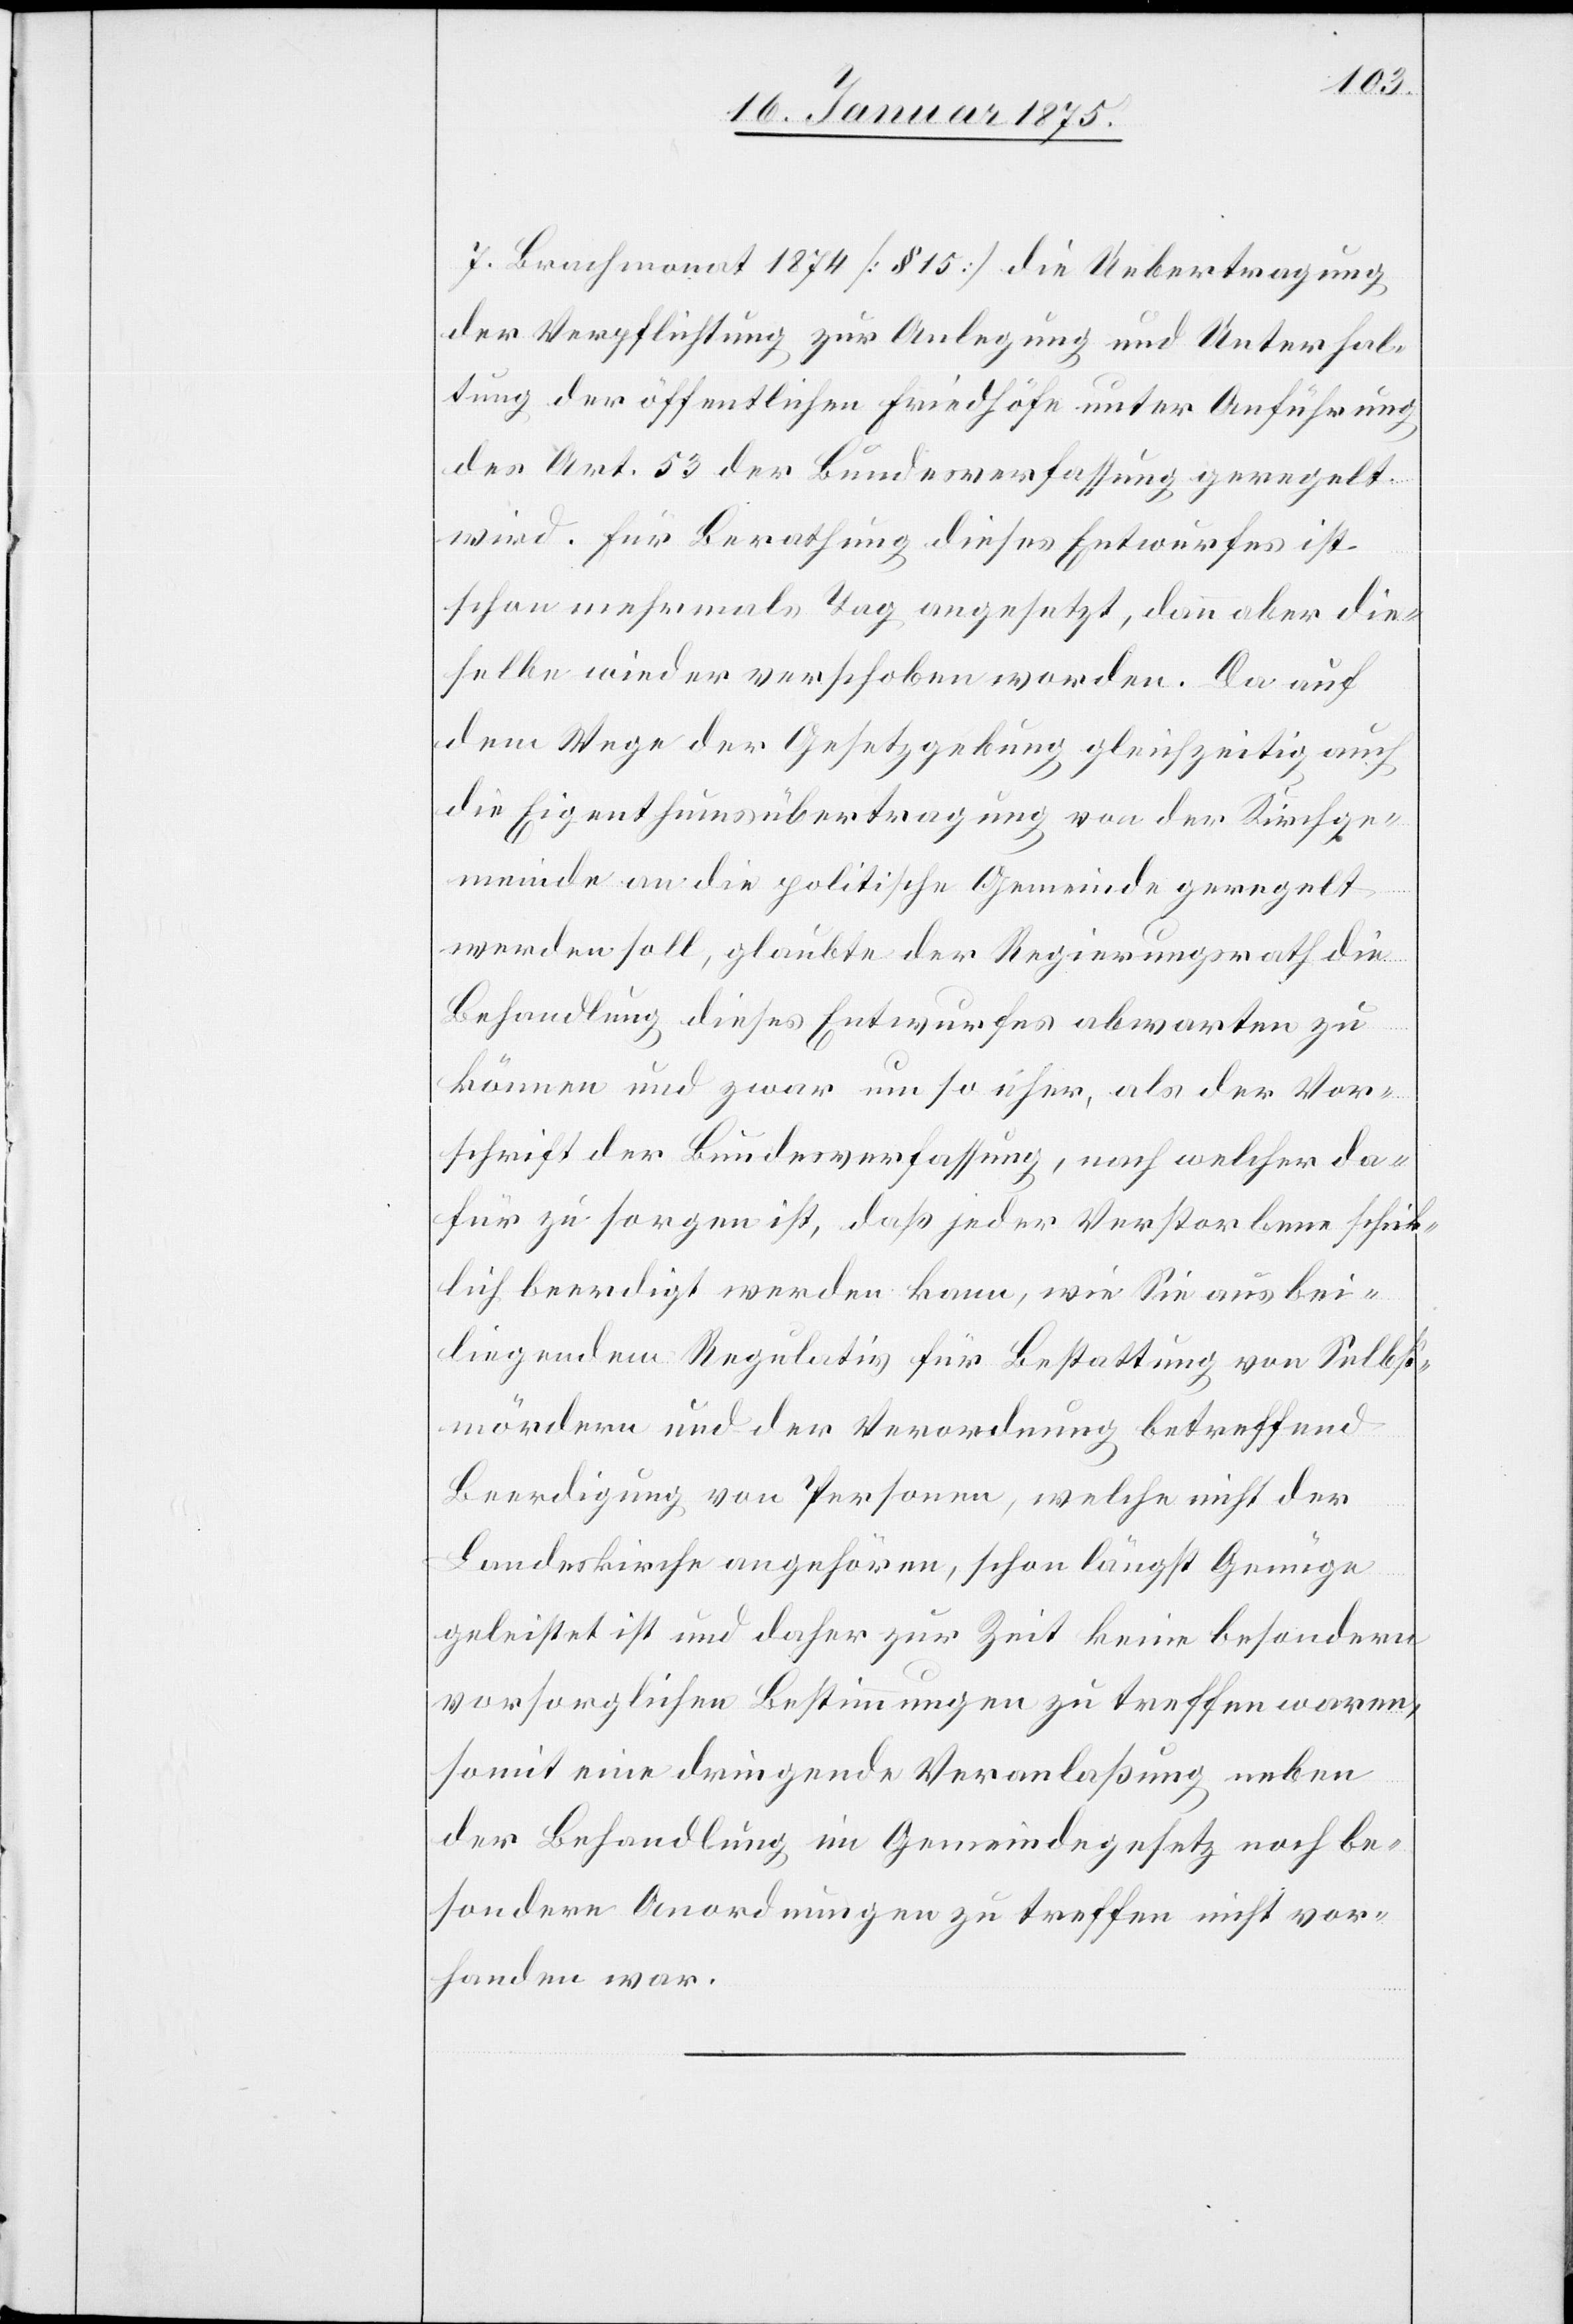
7. Brachmonat 1874 (§ 15) die Uebertragung
der Verpflichtung zur Anlegung und Unterhal¬
tung der öffentlichen Friedhöfe unter Anführung
des Art. 53 der Bundesverfassung geregelt
wird. Für Berathung dieses Entwurfes ist
schon mehrmalst Tag angesetzt, dann aber die¬
selbe wieder verschoben worden. Da auf
dem Wege der Gesetzgebung gleichzeitig auch
die Eigenthumsübertragung von der Kirchge¬
meinde an die politische Gemeinde geregelt
werden soll, glaubte der Regierungsrath die
Behandlung dieses Entwurfes abwarten zu
können und zwar um so eher, als der Vor¬
schrift der Bundesverfassung, nach welcher da¬
für zu sorgen ist, daß jeder Verstorbene schick¬
lich beerdigt werden kann, wie Sie aus bei¬
liegenden Regulativ für Bestattung von Selbst¬
mördern und der Verordnung betreffend
Beerdigung von Personen, welche nicht der
Landeskirche angehören, schon längst Genüge
geleistet ist und daher zur Zeit keine besondern
vorsorglichen Bestimmungen zu treffen waren,
somit eine dringende Veranlaßung neben
der Behandlung in Gemeindegesetzt nach be¬
sondern Anordnungen zu treffen nicht vor¬
handen war.